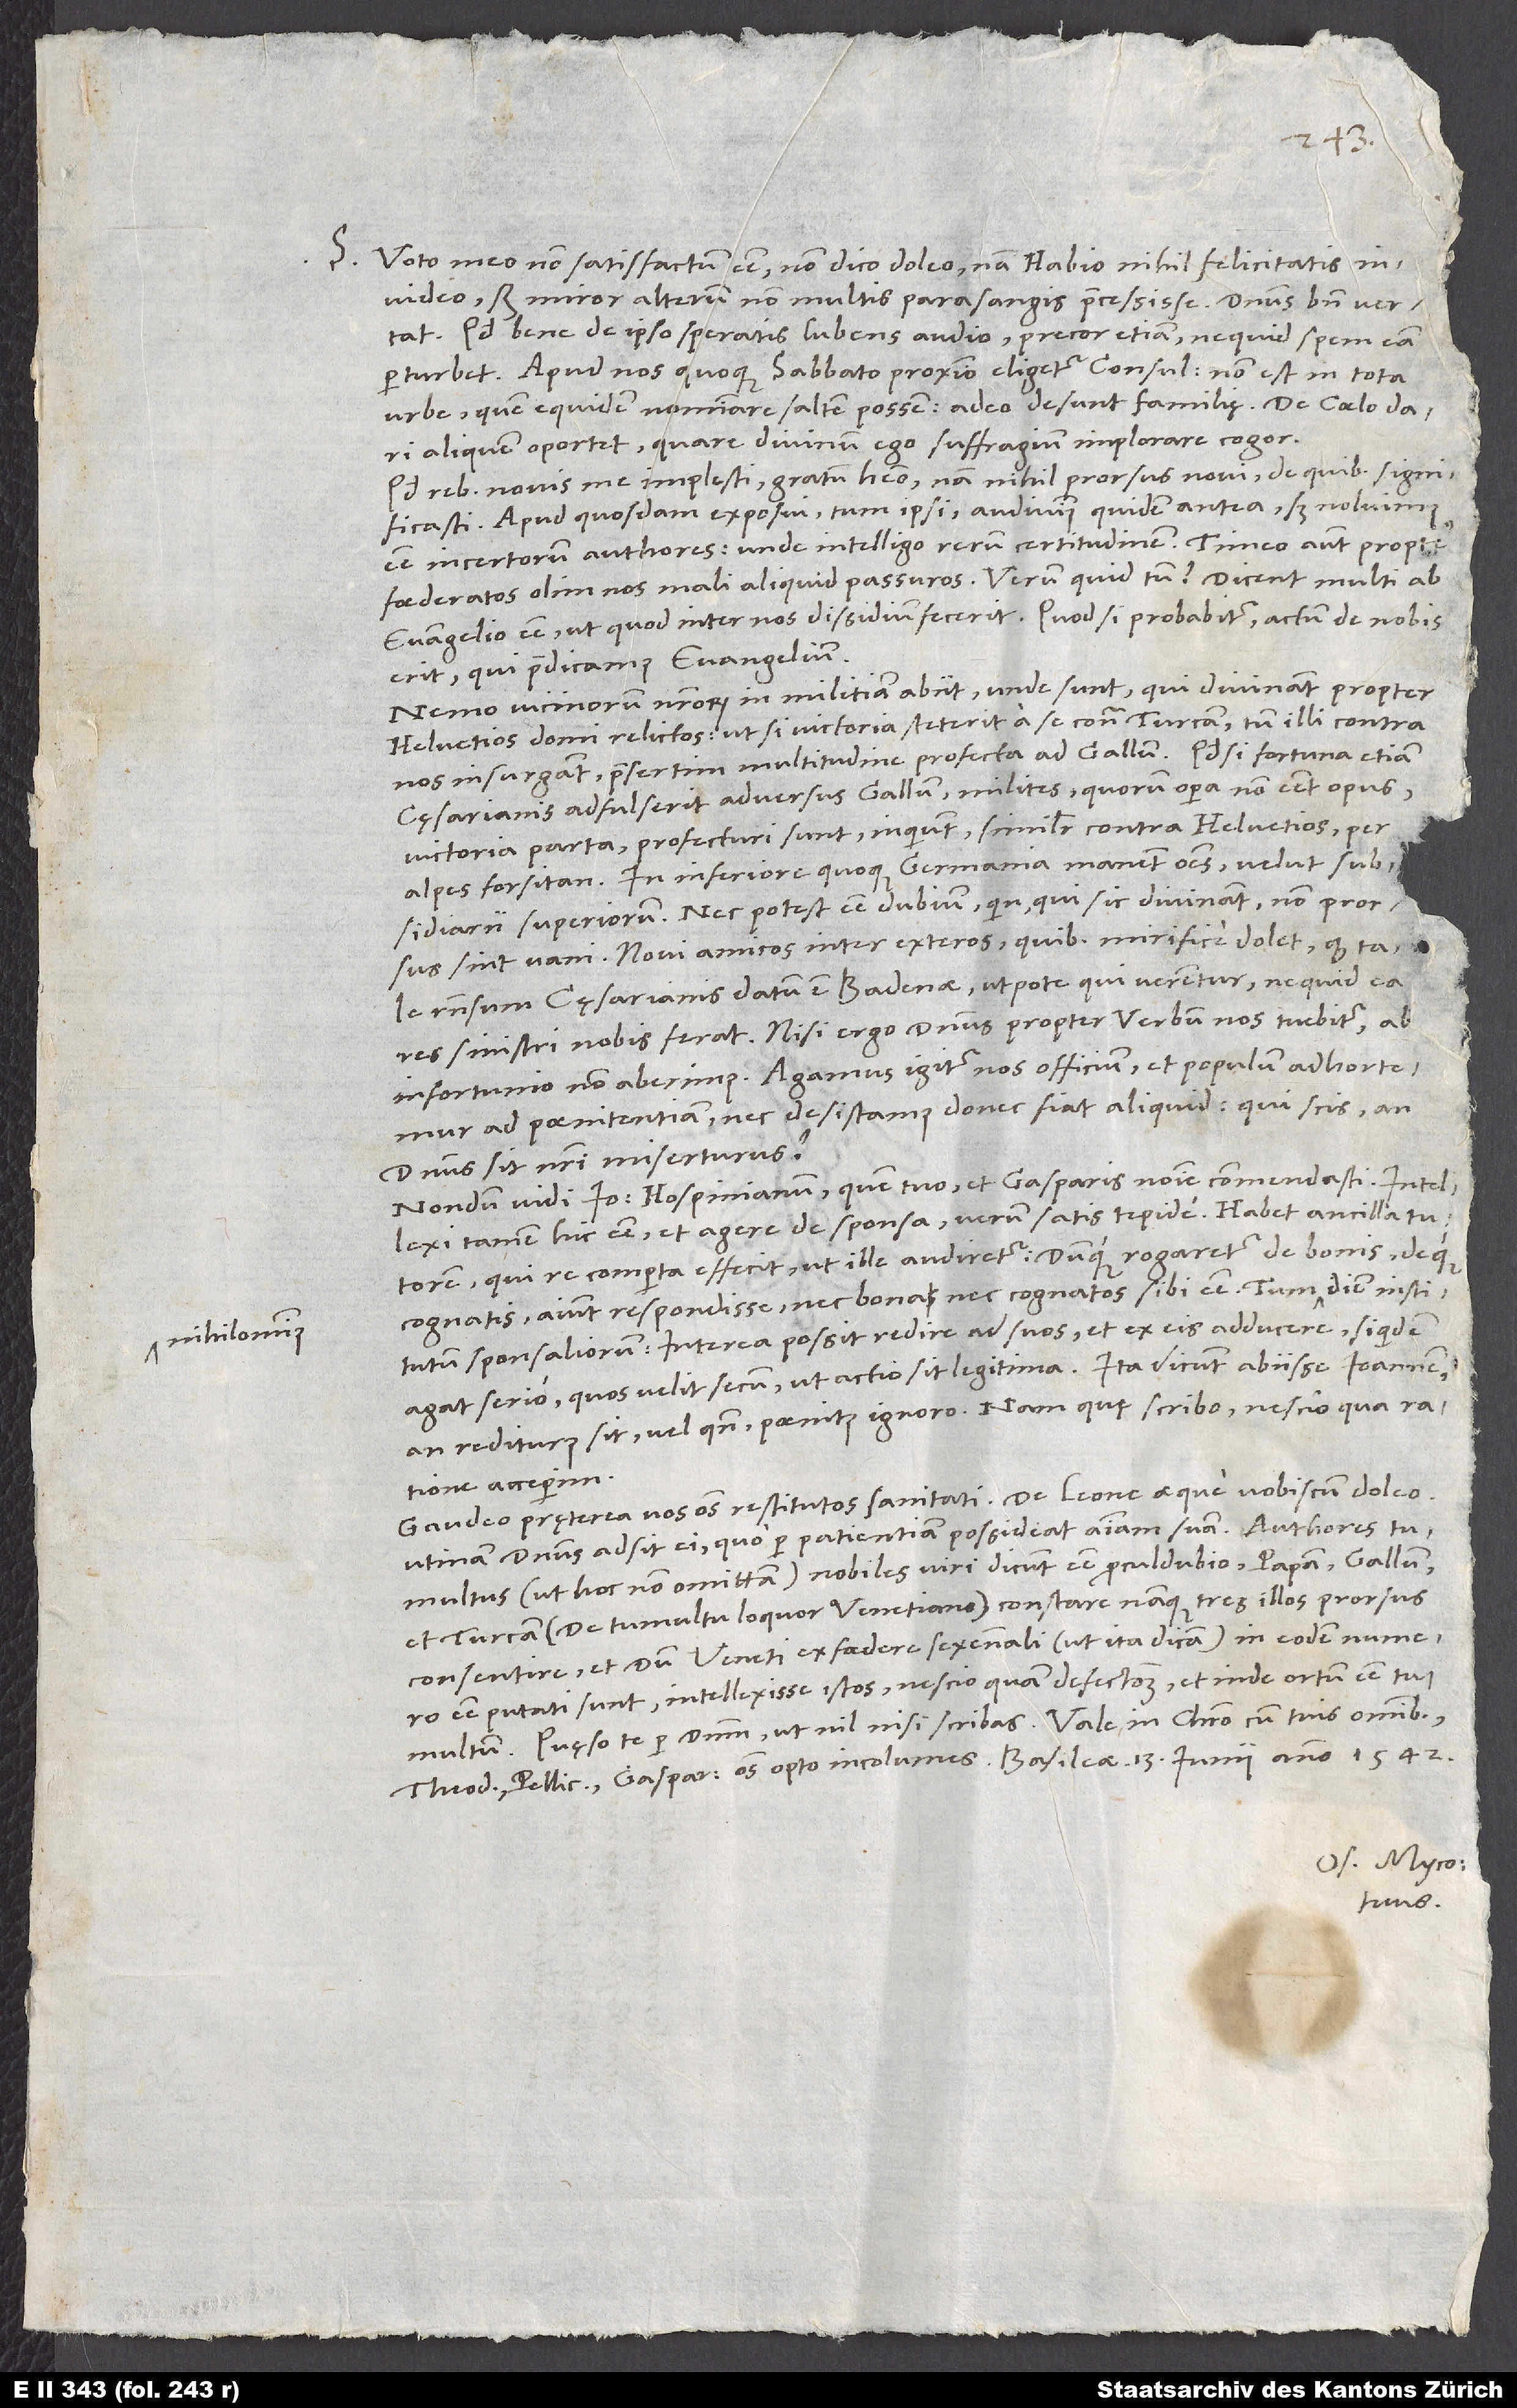
nihilominus

Voto meo non satisfactum esse non dico doleo, nam Habio nihil felicitatis
invideo; sed miror alterum non multis parasangis praecessisse. Dominus bene vertat!
Quod bene de ipso speratis, lubens audio; precor etiam, ne quid spem eam
urbe, quem equidem nominare saltem possem; adeo desunt familię. De coelo dari
aliquem oportet; quare divinum ego suffragium implorare cogor.
Quod rebus novis me implesti, gratum habeo; nam nihil prorsus novi, de quibus significasti.
Apud quosdam exposui; tum ipsi: „Audivimus quidem antea, sed noluimus
foederatos olim nos mali aliquid passuros. Verum quid tum? Dicent multi ab
evangelio esse, ut quod inter nos dissidium fecerit. Quod si probabitur, actum de nobis
erit, qui praedicamus evangelium.
Nemo vicinorum nostrorum in militiam abiit, unde sunt, qui divinant propter
Helvetios domi relictos, ut, si victoria steterit a se contra Turcam, tum illi contra
nos insurgant, praesertim multitudine profecta ad Gallum. Quodsi fortuna etiam
cęsarianis adfulserit adversus Gallum, milites, quorum opera non esset opus,
victoria parta profecturi sunt, inquiunt, similiter contra Helvetios per
Alpes forsitan. In Inferiore quoque Germania manent omnes velut subsidiarii
Superiorum. Nec potest esse dubium, quin, qui sic divinant, non prorsus
sint vani. Novi amicos inter exteros, quibus mirifice dolet, quod tale
responsum cęsarianis datum est Badenae, utpote qui verentur, ne quid ea
res sinistri nobis ferat. Nisi ergo dominus propter verbum nos tuebitur, ab
infortunio non aberimus. Agamus igitur nos officium et populum adhortemur
ad poenitentiam nec desistamus, donec fiat aliquid. Qui scis, an
dominus sit nostri miserturus?
Nondum vidi Ioannem Hospinianum, quem tuo et Gasparis nomine commendasti. Intellexi
tamen hic esse et agere de sponsa, verum satis tepide. Habet ancilla tutorem,
qui re comperta effecit, ut ille audiretur, dumque rogaretur de bonis deque
cognatis, aiunt respondisse nec bona nec cognatos sibi esse. Tum
institutum sponsaliorum; interea possit redire ad suos et ex eis adducere, siquidem
agat serio, quos velit, secum, ut actio sit legitima. Ita dicunt abiisse Ioannem.
An rediturus sit vel quando, paenitus ignoro; nam quę scribo, nescio qua ratione
acceperim.
Gaudeo pręterea vos omnes restitutos sanitati. De Leone aeque vobiscum doleo;
utinam dominus adsit ei, quo per patientiam possideat animam suam!
tumultus (ut hoc non omittam) nobiles viri dicunt esse procul dubio papam, Gallum
et Turcam (de tumultu loquor Venetiano); constare namque tres illos prorsus
consentire, et dum Veneti ex foedere sexennali (ut ita dicam) in eodem numero
esse putati sunt, intellexisse istos nescio quam defectionem, et inde ortum esse tumultum.
Os. Myco.
tuus.